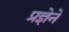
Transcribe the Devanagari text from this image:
प्रज्ञेने